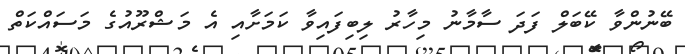
ބޭނުންވާ ކޭބަލް ފަދަ ސާމާނު މިހާރު ލިބިފައިވާ ކަމަށާއި އެ މަޝްރޫއުގެ މަސައްކަތް